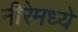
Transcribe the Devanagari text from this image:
नीरेमध्ये